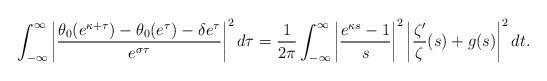
LaTeX: \begin{align*} \int_{-\infty}^\infty \left| \frac{\theta_0(e^{\kappa+\tau})-\theta_0(e^\tau)-\delta e^\tau}{e^{\sigma\tau}} \right|^2 d\tau = \frac{1}{2\pi} \int_{-\infty}^\infty \left| \frac{e^{\kappa s}-1}{s} \right|^2 \left| \frac{\zeta'}{\zeta}(s) + g(s) \right|^2 dt.\end{align*}